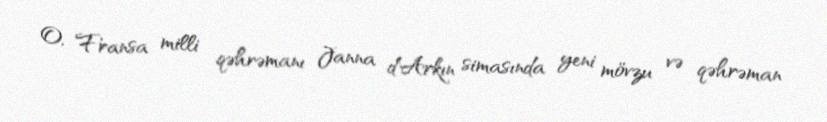
O, Fransa milli qəhrəmanı Janna d`Arkın simasında yeni mövzu və qəhrəman